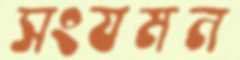
সংযমন